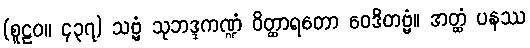
(စူဠဝ။ ၄၃၇) သဗ္ဗံ သုဘဒ္ဒကဏ္ဍံ ဝိတ္ထာရတော ဝေဒိတဗ္ဗံ။ အတ္ထံ ပနဿ